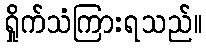
ရှိုက်သံကြားရသည်။